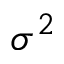
\sigma ^ { 2 }